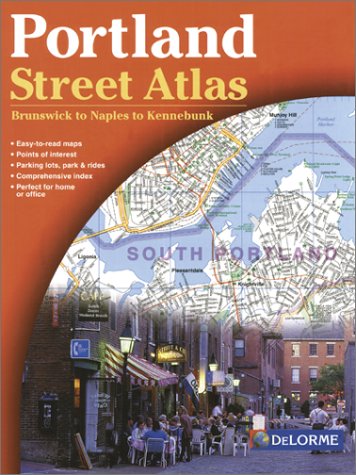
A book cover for Portland Street Atlas 2nd Ed - Delorme (USA StreetFinder atlases); Delorme Publishing Company; Travel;